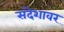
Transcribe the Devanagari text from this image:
संदेशावर